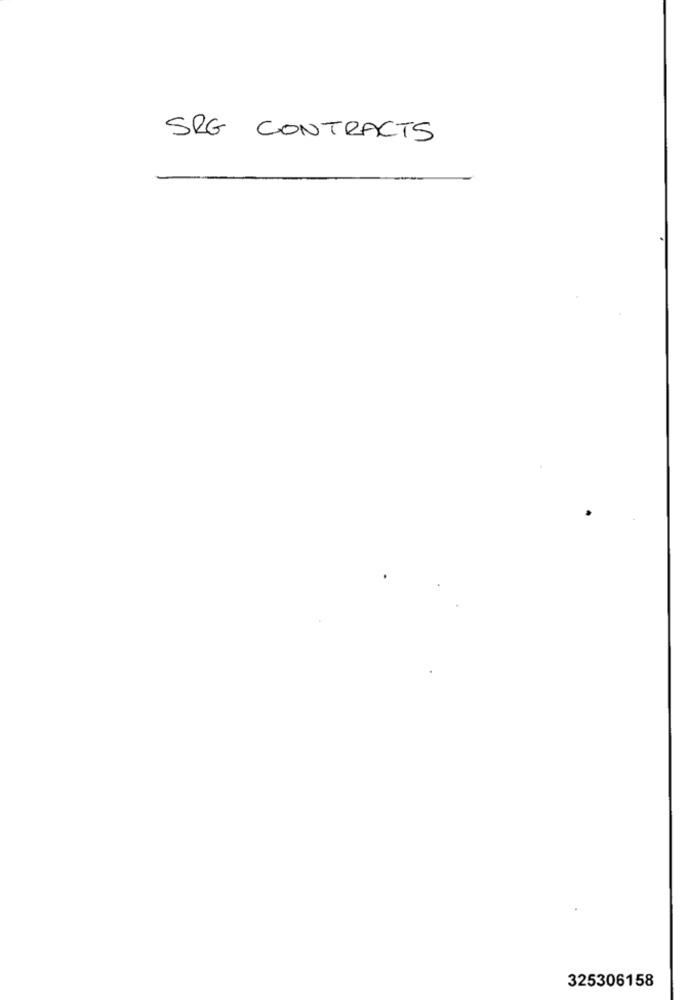
SRG CONTRACTS
325306158